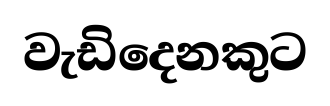
වැඩිදෙනකුට